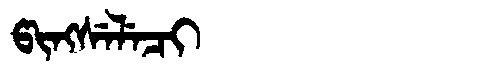
Manchu: ᡦᡳᠩᠰᡝᠯᡝᠴᡳ
Romanization: PINGSELECI